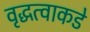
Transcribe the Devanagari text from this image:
वृद्धत्वाकडे